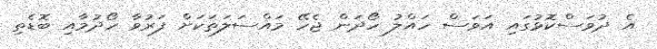
އެ ދުވަސްކޮޅުގައި އަވަސް ހައްލު ހޯދަން ޖެހޭ މައްސަލަތަކަށް ފަރުވާ ހޯދުމާއި ބޮޑެތި